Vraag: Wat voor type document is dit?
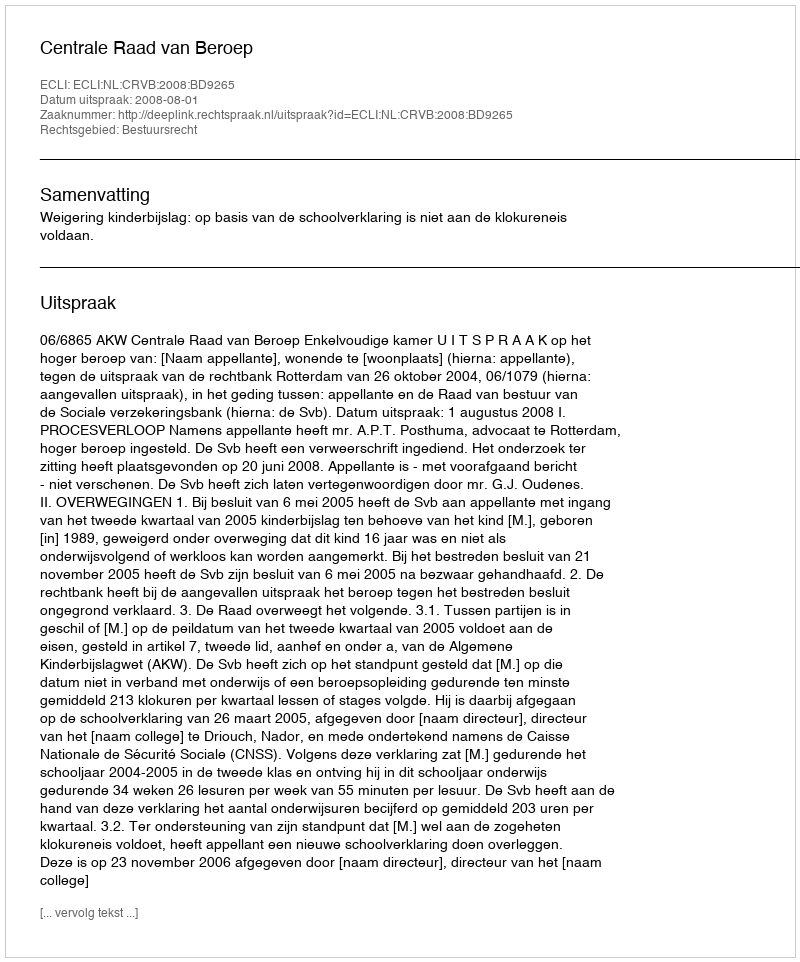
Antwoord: Uitspraak